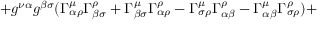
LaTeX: + g ^ { \nu \alpha } g ^ { \beta \sigma } ( \Gamma _ { \alpha \rho } ^ { \mu } \Gamma _ { \beta \sigma } ^ { \rho } + \Gamma _ { \beta \sigma } ^ { \mu } \Gamma _ { \alpha \rho } ^ { \rho } - \Gamma _ { \sigma \rho } ^ { \mu } \Gamma _ { \alpha \beta } ^ { \rho } - \Gamma _ { \alpha \beta } ^ { \mu } \Gamma _ { \sigma \rho } ^ { \rho } ) +